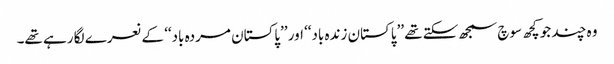
وہ چند جو کچھ سوچ سمجھ سکتے تھے ’’پاکستان زندہ باد‘‘ اور ’’پاکستان مردہ باد‘‘ کے نعرے لگا رہے تھے۔